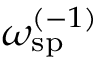
\omega _ { \mathrm { s p } } ^ { ( - 1 ) }